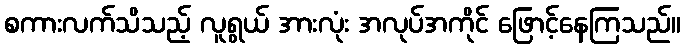
စကားလက်သိသည့် လူရွယ် အားလုံး အလုပ်အကိုင် ဖြောင့်နေကြသည်။